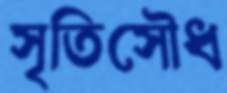
সৃতিসৌধ